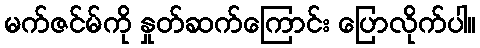
မက်ဇင်မ်ကို နှုတ်ဆက်ကြောင်း ပြောလိုက်ပါ။